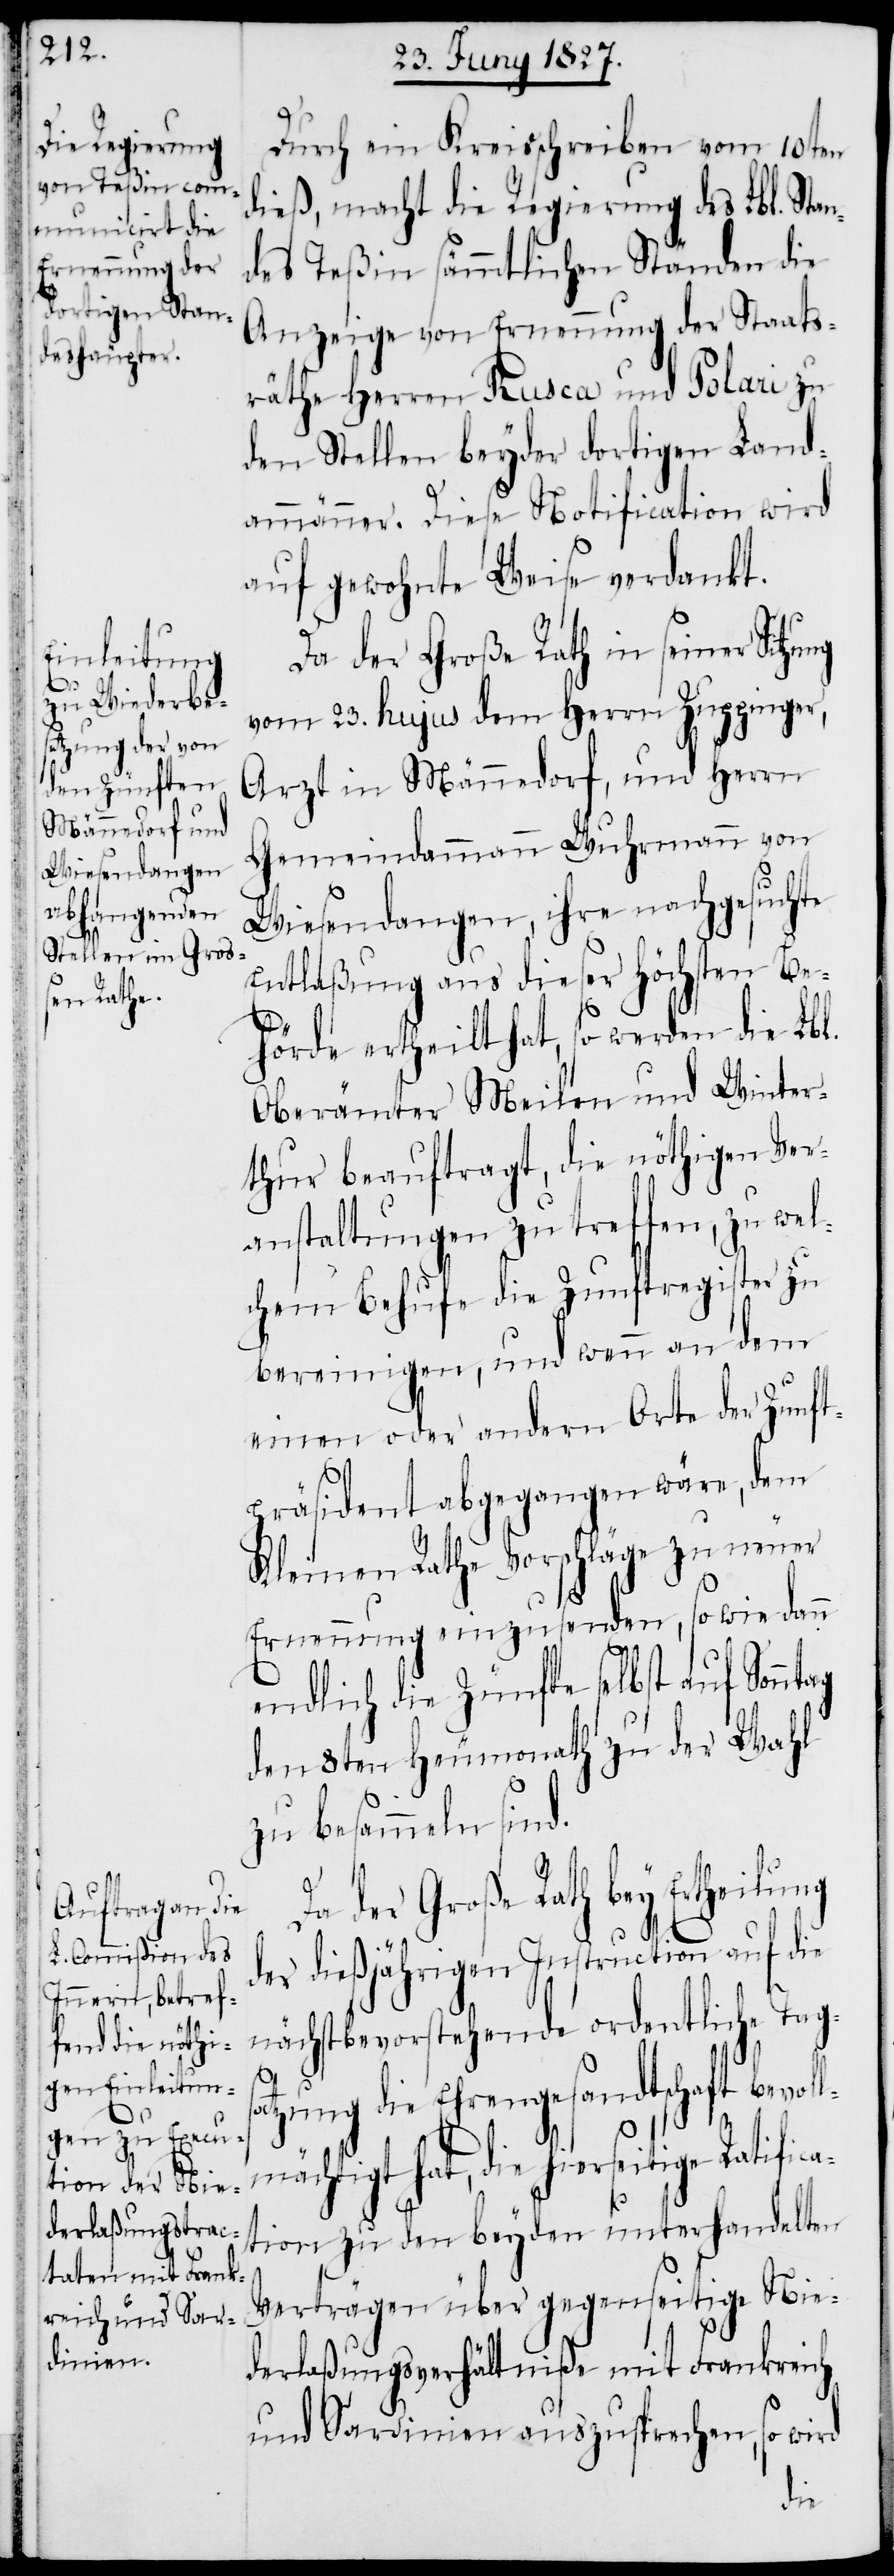
e Ratifi¬

Durch ein Kreisschreiben vom 10ten
dieß, macht die Regierung des Lbl. Stan¬
des Teßin sämmlichen Ständen die
Anzeige von Ernennung der Staats¬
räthe Herren Rusca und Polari zu
den Stellen beyder dortigen Land¬
ammänner. Diese Notification wird
auf gewohnte Weise verdankt.
Da der Große Rath in seiner Sitzung
vom 23. hujus dem Herrn Zuppinger,
Arzt in Männedorf, und Herrn
Gemeindammann Wuhrmann von
Wiesendangen, ihre nachgesuchte
Entlaßung aus dieser Höchsten Be¬
hörde ertheilt hat, so werden die Lbl.
Oberämter Meilen und Winter¬
thur beauftragt, die nöthigen Ver¬
anstaltungen zu treffen, zu wel¬
chem Behufe die Zunftregister zu
bereinigen, und wenn an dem
einen oder andern Orte der Zunft¬
präsident abgegangen wäre, dem
Kleinen Rathe Vorschläge zu neuer
Ernennung einzusenden, sowie dann
ca¬
endlich die Zünfte selbst auf Sonn¬
den 8ten Heumonath zu der Wahl
zu besammeln sind.
der Große Rath bey Ertheilung
der dießjährigen Instruction auf die
nächstbevorstehende ordentliche Tags¬
atzung die Ehrengesandtschaft bevol¬
ächtigt hat, die hierseitig¬
tion zu den beyden unterhandelten
Verträgen über gegenseitige Nie¬
derlaßungsverhältniße mit Frankreich
und Sardinien auszusprechen, so wird